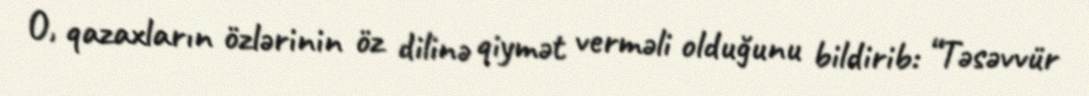
O, qazaxların özlərinin öz dilinə qiymət verməli olduğunu bildirib: “Təsəvvür